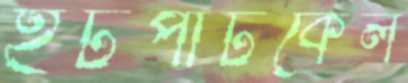
ইটপাটকেল